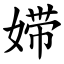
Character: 㛿